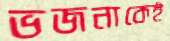
ভজনাকেই